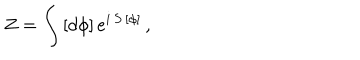
LaTeX: Z = \int \, [ d \phi ] \, e ^ { i \, S \, [ \phi ] } \, ,